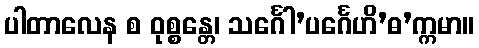
ပါတာလေန စ ဝုစ္စန္တေ၊ သင်္ဂေါ’ပင်္ဂေဟိ’ဓ’က္ကမာ။